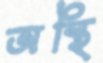
অস্থি